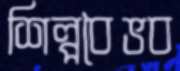
শিল্পবৈভব